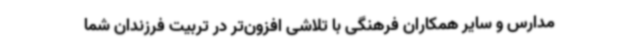
مدارس و سایر همکاران فرهنگی با تلاشی افزون‌تر در تربیت فرزندان شما